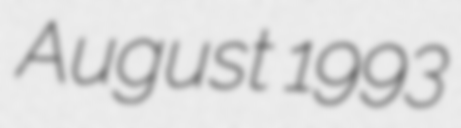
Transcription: August 1993